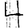
Digit: 4